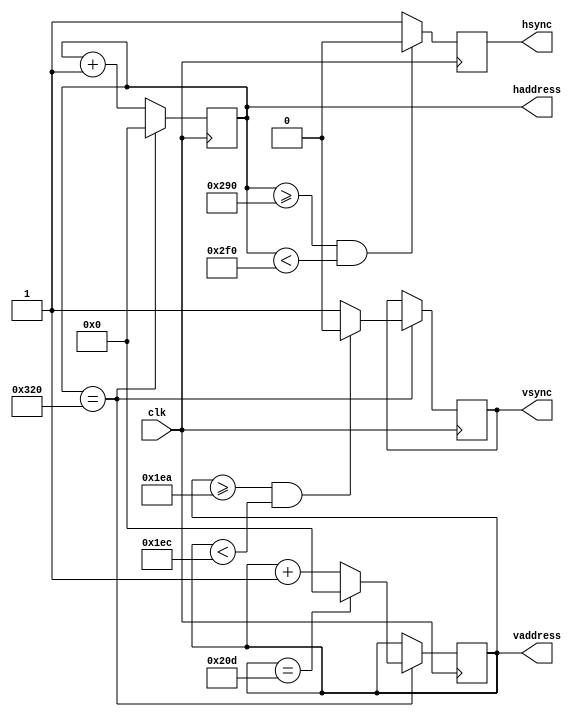
`timescale 1ns / 1ps

module vga(
    input clk,
    output reg [9:0] vaddress,haddress,
    output reg vsync,hsync
    );
        
    //Main block
    always@(posedge clk)begin
        //Reset hsync and increment horizontal address
        hsync <= 1'b1;
        haddress <= haddress + 1;
        if(haddress >= 656 && haddress < 752)begin //Generate horizontal sync pulse
            hsync <= 1'b0;
        end
        if(haddress == 800)begin //Reset horizontal counter at end of horizontal scan and add to vertical address
            vsync <= 1'b1;
            haddress <= 9'b0;
            vaddress <= vaddress + 1;
            if(vaddress >= 490 && vaddress < 492)begin //Generate vertical sync pulse
                vsync <= 1'b0;
            end
            if(vaddress == 525)begin //Reset vertical counter at end of scan
                vaddress <= 9'b0;
            end
        end
    end //End of main block
endmodule